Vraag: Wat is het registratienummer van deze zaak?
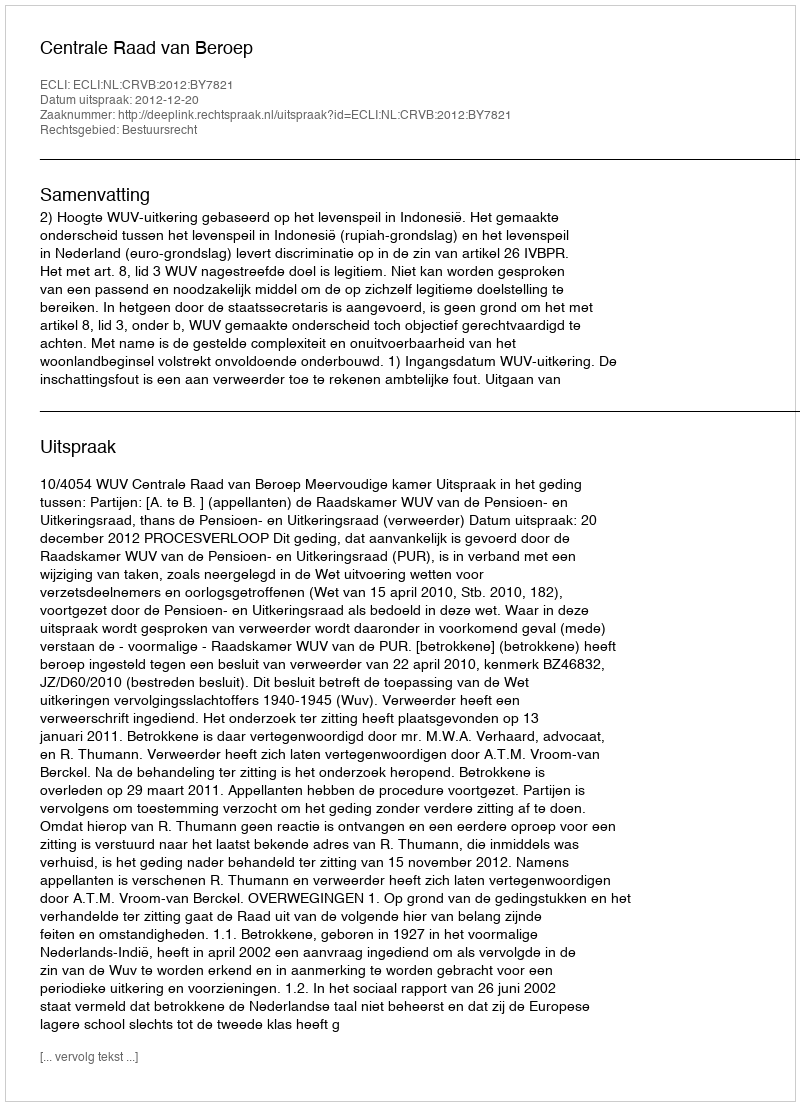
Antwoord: http://deeplink.rechtspraak.nl/uitspraak?id=ECLI:NL:CRVB:2012:BY7821